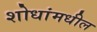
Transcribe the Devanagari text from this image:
शोधांमधील